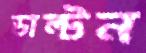
ডাল্টন